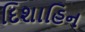
દિશાહિન